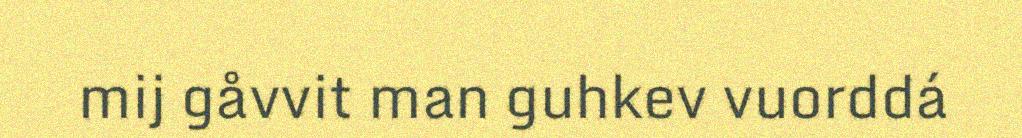
mij gåvvit man guhkev vuorddá